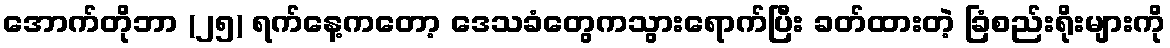
အောက်တိုဘာ (၂၅) ရက်နေ့ကတော့ ဒေသခံတွေကသွားရောက်ပြီး ခတ်ထားတဲ့ ခြံစည်းရိုးများကို